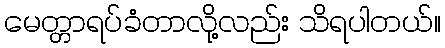
မေတ္တာရပ်ခံတာလို့လည်း သိရပါတယ်။